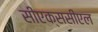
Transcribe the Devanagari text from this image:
सीएक्ससीएल